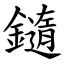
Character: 䥦